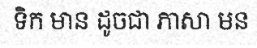
ទិក មាន ដូចជា ភាសា មន